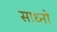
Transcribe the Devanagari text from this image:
साध्नों